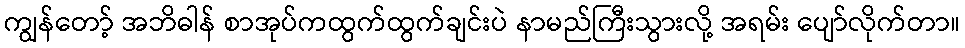
ကျွန်တော့် အဘိဓါန် စာအုပ်ကထွက်ထွက်ချင်းပဲ နာမည်ကြီးသွားလို့ အရမ်း ပျော်လိုက်တာ။